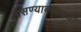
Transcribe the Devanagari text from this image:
असण्याबाबतची